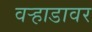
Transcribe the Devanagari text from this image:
वर्‍हाडावर